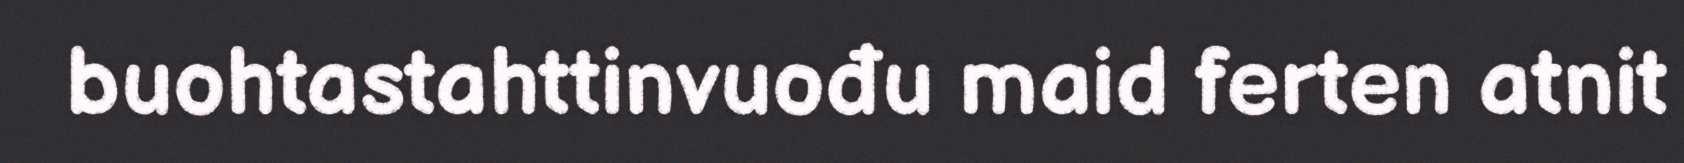
buohtastahttinvuođu maid ferten atnit